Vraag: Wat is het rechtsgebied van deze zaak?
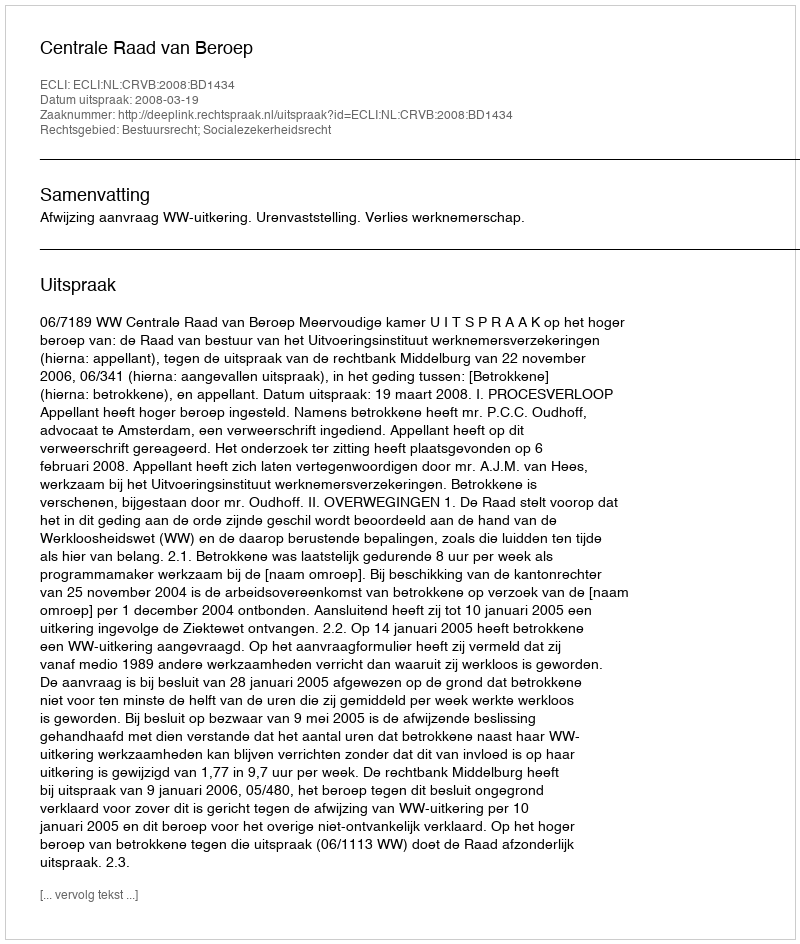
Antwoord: Bestuursrecht; Socialezekerheidsrecht